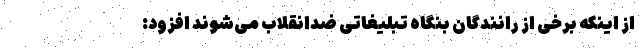
از اینکه برخی از رانندگان بنگاه تبلیغاتی ضدانقلاب می‌شوند افزود: